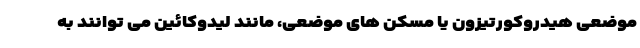
موضعی هیدروکورتیزون یا مسکن های موضعی، مانند لیدوکائین می توانند به